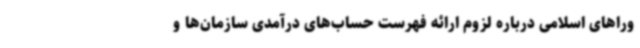
وراهای اسلامی درباره لزوم ارائه فهرست حساب‌های درآمدی سازمان‌ها و